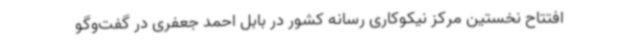
افتتاح نخستین مرکز نیکوکاری رسانه کشور در بابل احمد جعفری در گفت‌وگو